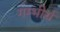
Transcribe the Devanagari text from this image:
गम्भीर्य